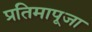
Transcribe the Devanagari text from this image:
प्रतिमापूजा